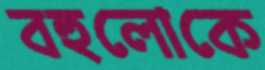
বহুলোকে